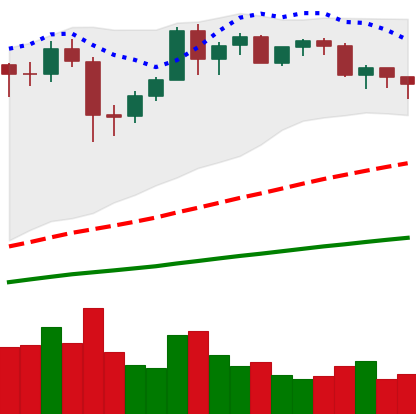
Ticker: BTC-USD
Chart end date: 2020-12-11
Forward return: 18.006%
Label: up_7plus